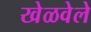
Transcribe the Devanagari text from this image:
खेळवेले